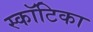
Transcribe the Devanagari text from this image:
स्कॉटिका